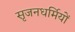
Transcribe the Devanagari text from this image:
सृजनधर्मियों